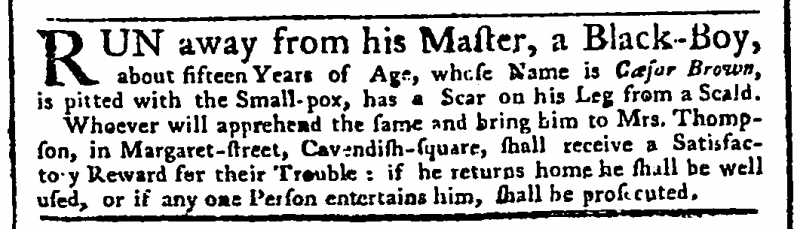
Public Advertiser, 16 January 1755 (England)
RUN away from his Master, a Black-Boy, about fifteen Years of Age, whose Name is Cæsar Brown, is pitted with the Small-pox, has a Scar on his Leg from a Scald.  Whoever will apprehend the same and bring him to Mrs. Thompson, in Margaret-street, Cavendish-square, shall receive a Satisfactory Reward for their Trouble: if he returns home he shall be well used, or if any one Person entertains him, shall be prosecuted.